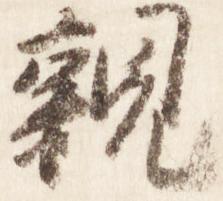
親